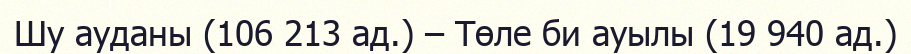
Шу ауданы (106 213 ад.) – Төле би ауылы (19 940 ад.)